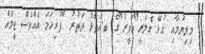
މިލިޔުމާއި ގުޅޭ ގެލަރީ"ހަވީރު"ގެ ބ.އަތޮޅު ދަތުރު "ފުރިހަމަ އެއްވެސް ޓީމެއް